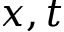
x , t